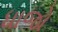
ધાજો